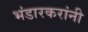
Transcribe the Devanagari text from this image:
भंडारकरांनी